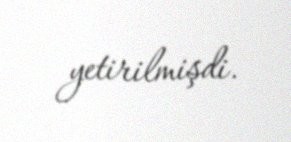
yetirilmişdi.